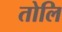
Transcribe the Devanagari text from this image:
तोलि